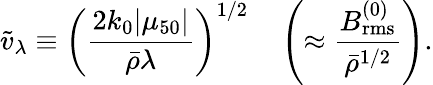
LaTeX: \tilde{v}_{\lambda}\equiv\left(\frac{2k_{0}|\mu_{50}|}{{\bar{\rho}}\lambda}\right)^{1/2}\quad\left(\approx\frac{B_{\mathrm{rms}}^{(0)}}{{\bar{\rho}}^{1/2}}\right).